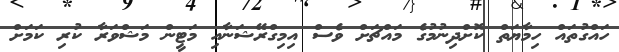
ހައްގުތައް ހިމާޔަތް ކޮށްދިނުމުގެ މައްޗަށް ވެސް އިމިގްރޭޝަނާއި މަޓީން މަޝްވަރާ ކުރި ކަމަަށް